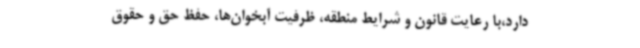
دارد،با رعایت قانون و شرایط منطقه، ظرفیت آبخوان‌ها، حفظ حق و حقوق